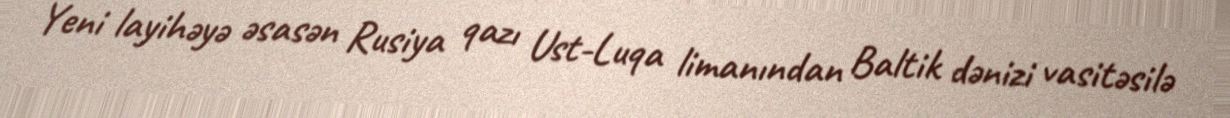
Yeni layihəyə əsasən Rusiya qazı Ust-Luqa limanından Baltik dənizi vasitəsilə